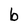
Character: b